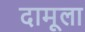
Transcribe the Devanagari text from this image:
दामूला